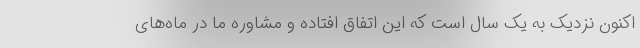
اکنون نزدیک به یک سال است که این اتفاق افتاده و مشاوره ما در ماه‌های